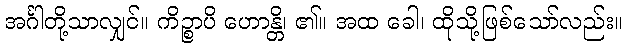
အင်္ဂါတို့သာလျှင်။ ကိဉ္စာပိ ဟောန္တိ၊ ၏။ အထ ခေါ၊ ထိုသို့ဖြစ်သော်လည်း။